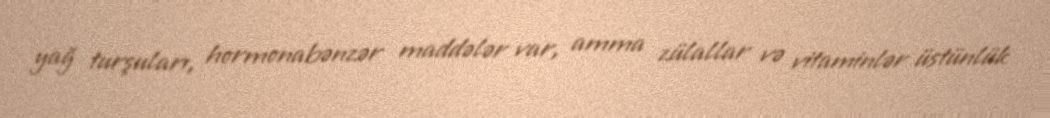
yağ turşuları, hormonabənzər maddələr var, amma zülallar və vitaminlər üstünlük